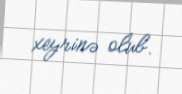
xeyrinə olub.